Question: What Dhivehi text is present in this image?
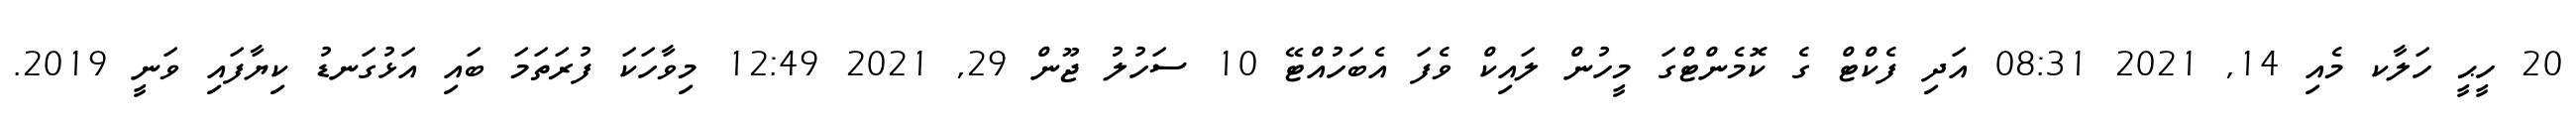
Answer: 20 ހީޙީ ހަލާކ މެއި 14, 2021 08:31 އަދި ފެކްޓް ގެ ކޮމެންޓްގަ މީހުން ލައިކް ވެފަ އެބަހުއްޓޭ 10 ސަހުލު ޖޫން 29, 2021 12:49 މިވާހަކަ ފުރަތަމަ ބައި އަޅުގަނޑު ކިޔާފައި ވަނީ 2019.